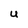
Character: U